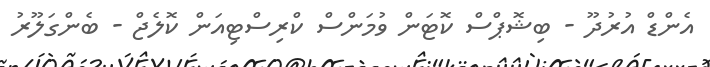
އެންޑް އުރުދޫ - ބިޝޮޕްސް ކޮޓަން ވުމަންސް ކްރިސްޓިއަން ކޮލެޖް - ބެންގަލޫރު